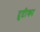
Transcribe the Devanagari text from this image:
दुप्टीका